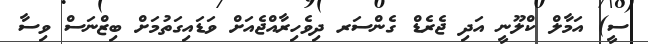
ސީ) އަމާލް ކްލޫނީ އަދި ޖެރެޑް ގެންސަރ ދިވެހިރާއްޖެއަށް ވަޑައިގަތުމަށް ބިޒްނަސް ވިސާ